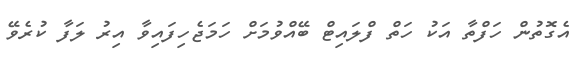
އެގޮތުން ހަފްތާ އަކު ހަތް ފްލައިޓް ބޭއްވުމަށް ހަމަޖެހިފައިވާ އިރު ލަފާ ކުރެވޭ